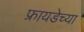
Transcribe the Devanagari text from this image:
फ्रायडेच्या